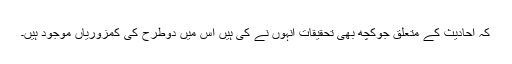
کہ احادیث کے متعلق جوکچھ بھی تحقیقات انہوں نے کی ہیں اس میں دوطرح کی کمزوریاں موجود ہیں۔